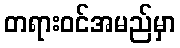
တရားဝင်အမည်မှာ